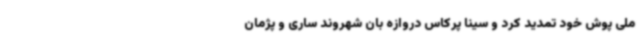
ملی پوش خود تمدید کرد و سینا پرکاس دروازه بان شهروند ساری و پژمان